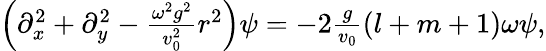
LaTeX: \begin{array}{r}{\left(\partial_{x}^{2}+\partial_{y}^{2}-\frac{\omega^{2}g^{2}}{v_{0}^{2}}r^{2}\right)\psi=-2\frac{g}{v_{0}}(l+m+1)\omega\psi,}\end{array}